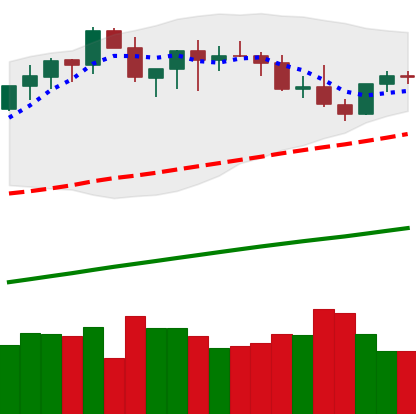
Ticker: BTC-USD
Chart end date: 2021-03-28
Forward return: 6.137%
Label: up_5_7